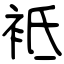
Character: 袛